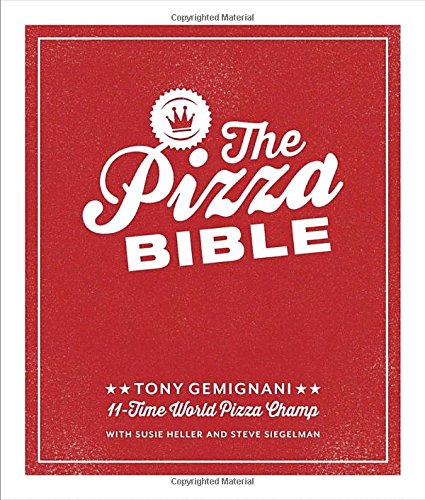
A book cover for The Pizza Bible: The World's Favorite Pizza Styles, from Neapolitan, Deep-Dish, Wood-Fired, Sicilian, Calzones and Focaccia to New York, New Haven, Detroit, and more; Tony Gemignani; Cookbooks, Food & Wine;